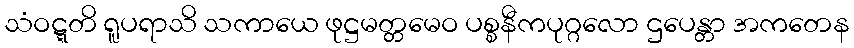
သံဝဋ္ဋတိ ရူပရာသိ သကာယေ ဖုဋ္ဌမတ္တမေဝ ပစ္စနီကပုဂ္ဂလော ဌပေန္တာ အကတေန